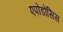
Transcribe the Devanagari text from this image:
एपोडोसिस